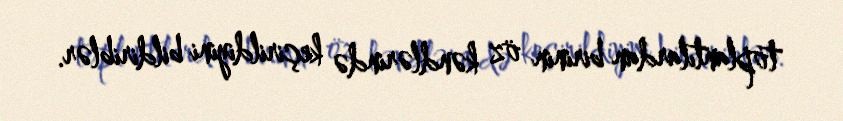
toplantılardan birinin öz kəndlərində keçirildiyini bildiriblər.